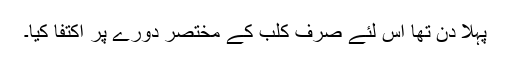
پہلا دن تھا اس لئے صرف کلب کے مختصر دورے پر اکتفا کیا۔